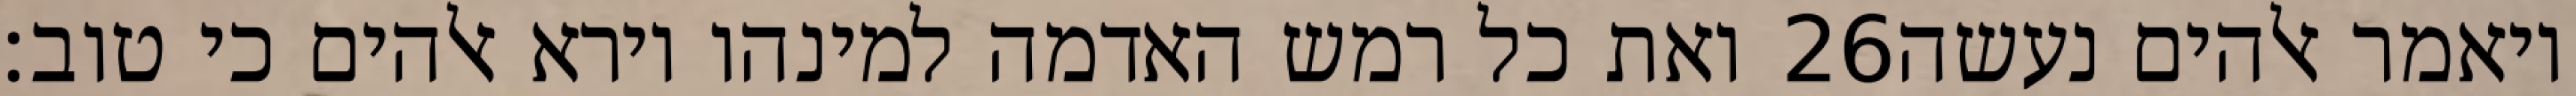
ואת כל רמש האדמה למינהו וירא אלהים כי טוב׃ ‎26‏ ויאמר אלהים נעשה